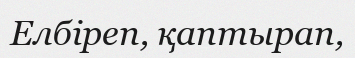
Елбіреп, қаптырап,